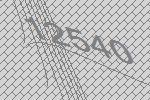
12540